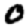
Digit: 0